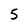
Character: 5